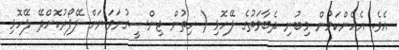
އެވެ. އެހެންކަމުން މިބުނި ދެބާވަތުގެ ލޭހޮޅި ( ހިތުން ޖިންސީގުނަވަނަށް ލޭފޯރުކޮށްދޭ ލޭހޮޅި